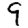
Digit: 9